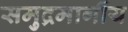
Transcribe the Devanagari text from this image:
समुद्रमार्गीय